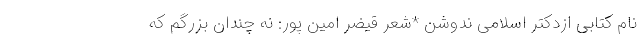
نام کتابی ازدکتر اسلامی ندوشن *شعر قیضر امین پور: نه چندان بزرگم که